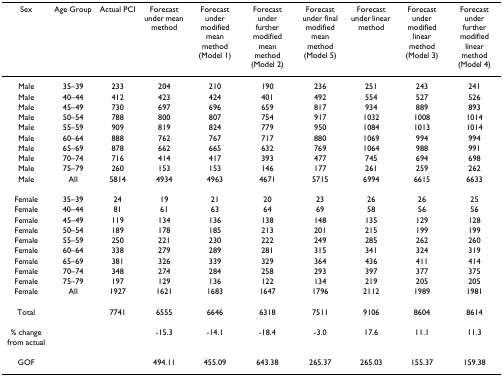
<table><thead><tr><td><b>Sex</b></td><td><b>Age Group</b></td><td><b>Actual PCI</b></td><td><b>Forecast under mean method</b></td><td><b>Forecast under modified mean method (Model 1)</b></td><td><b>Forecast under further modified mean method (Model 2)</b></td><td><b>Forecast under final modified mean method (Model 5)</b></td><td><b>Forecast under linear method</b></td><td><b>Forecast under modified linear method (Model 3)</b></td><td><b>Forecast under further modified linear method (Model 4)</b></td></tr></thead><tbody><tr><td>Male</td><td>35–39</td><td>233</td><td>204</td><td>210</td><td>190</td><td>236</td><td>251</td><td>243</td><td>241</td></tr><tr><td>Male</td><td>40–44</td><td>412</td><td>423</td><td>424</td><td>401</td><td>492</td><td>554</td><td>527</td><td>526</td></tr><tr><td>Male</td><td>45–49</td><td>730</td><td>697</td><td>696</td><td>659</td><td>817</td><td>934</td><td>889</td><td>893</td></tr><tr><td>Male</td><td>50–54</td><td>788</td><td>800</td><td>807</td><td>754</td><td>917</td><td>1032</td><td>1008</td><td>1014</td></tr><tr><td>Male</td><td>55–59</td><td>909</td><td>819</td><td>824</td><td>779</td><td>950</td><td>1084</td><td>1013</td><td>1014</td></tr><tr><td>Male</td><td>60–64</td><td>888</td><td>762</td><td>767</td><td>717</td><td>880</td><td>1069</td><td>994</td><td>994</td></tr><tr><td>Male</td><td>65–69</td><td>878</td><td>662</td><td>665</td><td>632</td><td>769</td><td>1064</td><td>988</td><td>991</td></tr><tr><td>Male</td><td>70–74</td><td>716</td><td>414</td><td>417</td><td>393</td><td>477</td><td>745</td><td>694</td><td>698</td></tr><tr><td>Male</td><td>75–79</td><td>260</td><td>153</td><td>153</td><td>146</td><td>177</td><td>261</td><td>259</td><td>262</td></tr><tr><td>Male</td><td>All</td><td>5814</td><td>4934</td><td>4963</td><td>4671</td><td>5715</td><td>6994</td><td>6615</td><td>6633</td></tr><tr><td>Female</td><td>35–39</td><td>24</td><td>19</td><td>21</td><td>20</td><td>23</td><td>26</td><td>26</td><td>25</td></tr><tr><td>Female</td><td>40–44</td><td>81</td><td>61</td><td>63</td><td>64</td><td>69</td><td>58</td><td>56</td><td>56</td></tr><tr><td>Female</td><td>45–49</td><td>119</td><td>134</td><td>136</td><td>138</td><td>148</td><td>135</td><td>129</td><td>128</td></tr><tr><td>Female</td><td>50–54</td><td>189</td><td>178</td><td>185</td><td>213</td><td>201</td><td>215</td><td>199</td><td>199</td></tr><tr><td>Female</td><td>55–59</td><td>250</td><td>221</td><td>230</td><td>222</td><td>249</td><td>285</td><td>262</td><td>260</td></tr><tr><td>Female</td><td>60–64</td><td>338</td><td>279</td><td>289</td><td>281</td><td>315</td><td>341</td><td>324</td><td>319</td></tr><tr><td>Female</td><td>65–69</td><td>381</td><td>326</td><td>339</td><td>329</td><td>364</td><td>436</td><td>411</td><td>414</td></tr><tr><td>Female</td><td>70–74</td><td>348</td><td>274</td><td>284</td><td>258</td><td>293</td><td>397</td><td>377</td><td>375</td></tr><tr><td>Female</td><td>75–79</td><td>197</td><td>129</td><td>136</td><td>122</td><td>134</td><td>219</td><td>205</td><td>205</td></tr><tr><td>Female</td><td>All</td><td>1927</td><td>1621</td><td>1683</td><td>1647</td><td>1796</td><td>2112</td><td>1989</td><td>1981</td></tr><tr><td>Total</td><td></td><td>7741</td><td>6555</td><td>6646</td><td>6318</td><td>7511</td><td>9106</td><td>8604</td><td>8614</td></tr><tr><td>% change from actual</td><td></td><td></td><td>-15.3</td><td>-14.1</td><td>-18.4</td><td>-3.0</td><td>17.6</td><td>11.1</td><td>11.3</td></tr><tr><td>GOF</td><td></td><td></td><td>494.11</td><td>455.09</td><td>643.38</td><td>265.37</td><td>265.03</td><td>155.37</td><td>159.38</td></tr></tbody></table>